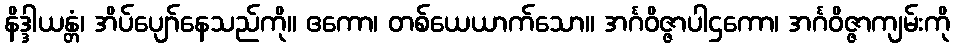
နိဒ္ဒါယန္တံ၊ အိပ်ပျော်နေသည်ကို။ ဧကော၊ တစ်ယေယာက်သော။ အင်္ဂဝိဇ္ဇာပါဌကော၊ အင်္ဂဝိဇ္ဇာကျမ်းကို